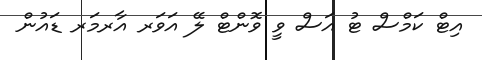
އިޓް ކަމްސް ޓު އަސް ވީ ވޮންޓް ލޭ އަވަރ އާރމަރ ޑައުން